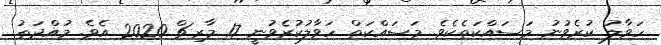
ހަވާލު ކުރެވުނު މަސައްކަތެކެވެ. މަސައްކަތް ހަވާލުކުރެވުނީ 17 މާރިޗް 2020 އެވެ. މުއްދަތު